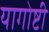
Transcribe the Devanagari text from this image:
यागोष्टी